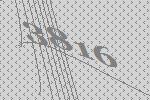
3816